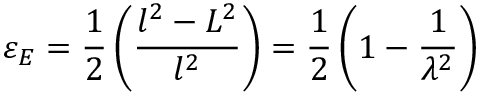
\ \varepsilon _ { E } = { \frac { 1 } { 2 } } \left( { \frac { l ^ { 2 } - L ^ { 2 } } { l ^ { 2 } } } \right) = { \frac { 1 } { 2 } } \left( 1 - { \frac { 1 } { \lambda ^ { 2 } } } \right)